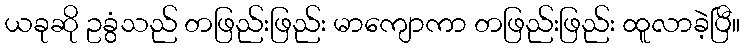
ယခုဆို ဥခွံသည် တဖြည်းဖြည်း မာကျောကာ တဖြည်းဖြည်း ထူလာခဲ့ပြီ။